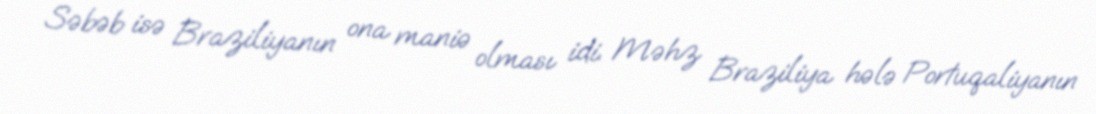
Səbəb isə Braziliyanın ona maniə olması idi. Məhz Braziliya hələ Portuqaliyanın